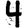
Digit: 4